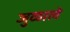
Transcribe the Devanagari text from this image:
जुळाले